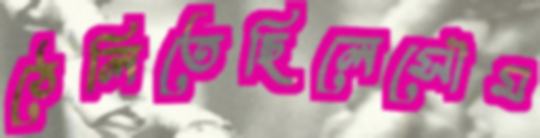
ঠেলিতেছিলেসৌম